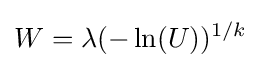
W=\lambda (-\ln(U))^{1/k}